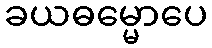
ခယဓမ္မောပေ